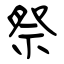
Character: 祭